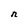
Character: n